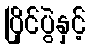
ပြိုင်ပွဲနှင့်